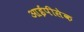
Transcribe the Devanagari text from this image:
आईपीसेक